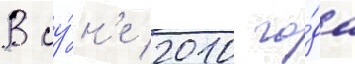
В иу́н'е 2010 го́да